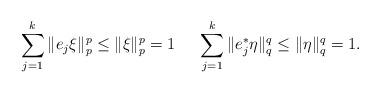
LaTeX: \begin{align*}\sum_{j = 1}^{k}{\|e_{{j}} \xi \|_p^p \leq \| \xi\|_p^p = 1} \,\,\,\, \,\,\,\, \sum_{j = 1}^{k}{\|e_{{j}}^* \eta \|_q^q \leq \| \eta\|_q^q =1}.\end{align*}